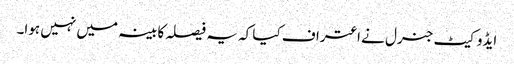
ایڈوکیٹ جنرل نے اعتراف کیا کہ یہ فیصلہ کابینہ میں نہیں ہوا۔